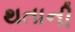
થતાની